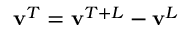
\mathbf { v } ^ { T } = \mathbf { v } ^ { T + L } - \mathbf { v } ^ { L }